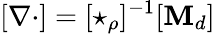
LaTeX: [\mathbf{\nabla}\cdot]=[\star_{\rho}]^{-1}[\mathbf{M}_{d}]